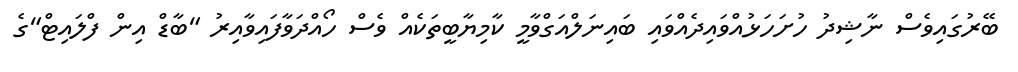
ބޭރުގައިވެސް ނާޝިދު ހުށަހަޅުއްވައިދެއްވައި ބައިނަލްއަގްވާމީ ކާމިޔާބީތަކެއް ވެސް ހޯއްދަވާފައިވާއިރު "ބާޑް އިން ފްލައިޓް"ގެ